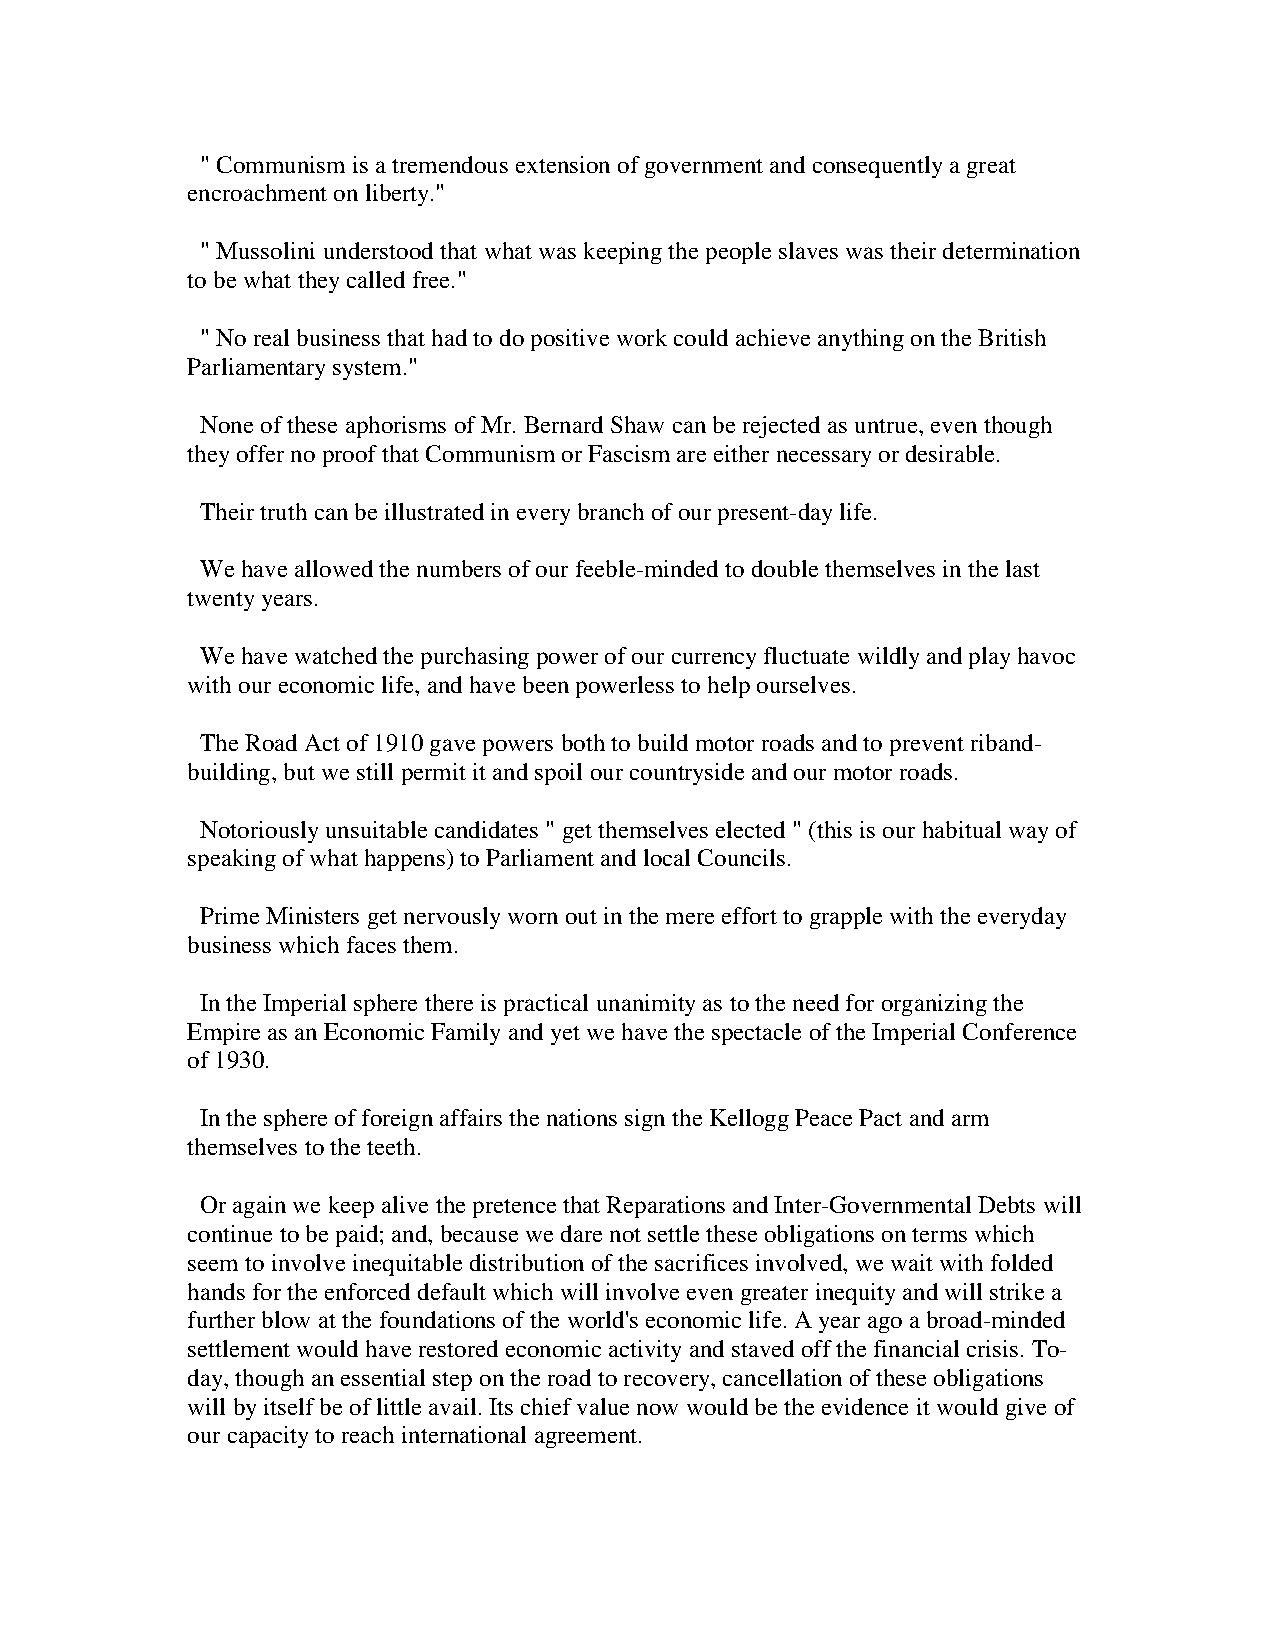
" Communism is a tremendous extension of government and consequently a great
 encroachment on liberty."
 " Mussolini understood that what was keeping the people slaves was their determination
 to be what they called free."
 " No real business that had to do positive work could achieve anything on the British
 Parliamentary system."
 None of these aphorisms of Mr. Bernard Shaw can be rejected as untrue, even though
 they offer no proof that Communism or Fascism are either necessary or desirable.
 Their truth can be illustrated in every branch of our present-day life.
 We have allowed the numbers of our feeble-minded to double themselves in the last
 twenty years.
 We have watched the purchasing power of our currency fluctuate wildly and play havoc
 with our economic life, and have been powerless to help ourselves.
 The Road Act of 1910 gave powers both to build motor roads and to prevent riband-
 building, but we still permit it and spoil our countryside and our motor roads.
 Notoriously unsuitable candidates " get themselves elected " (this is our habitual way of
 speaking of what happens) to Parliament and local Councils.
 Prime Ministers get nervously worn out in the mere effort to grapple with the everyday
 business which faces them.
 In the Imperial sphere there is practical unanimity as to the need for organizing the
 Empire as an Economic Family and yet we have the spectacle of the Imperial Conference
 of 1930.
 In the sphere of foreign affairs the nations sign the Kellogg Peace Pact and arm
 themselves to the teeth.
 Or again we keep alive the pretence that Reparations and Inter-Governmental Debts will
 continue to be paid; and, because we dare not settle these obligations on terms which
 seem to involve inequitable distribution of the sacrifices involved, we wait with folded
 hands for the enforced default which will involve even greater inequity and will strike a
 further blow at the foundations of the world's economic life. A year ago a broad-minded
 settlement would have restored economic activity and staved off the financial crisis. To-
 day, though an essential step on the road to recovery, cancellation of these obligations
 will by itself be of little avail. Its chief value now would be the evidence it would give of
 our capacity to reach international agreement.